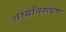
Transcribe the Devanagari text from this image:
तथ्यनिरूपण